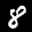
Label: 8